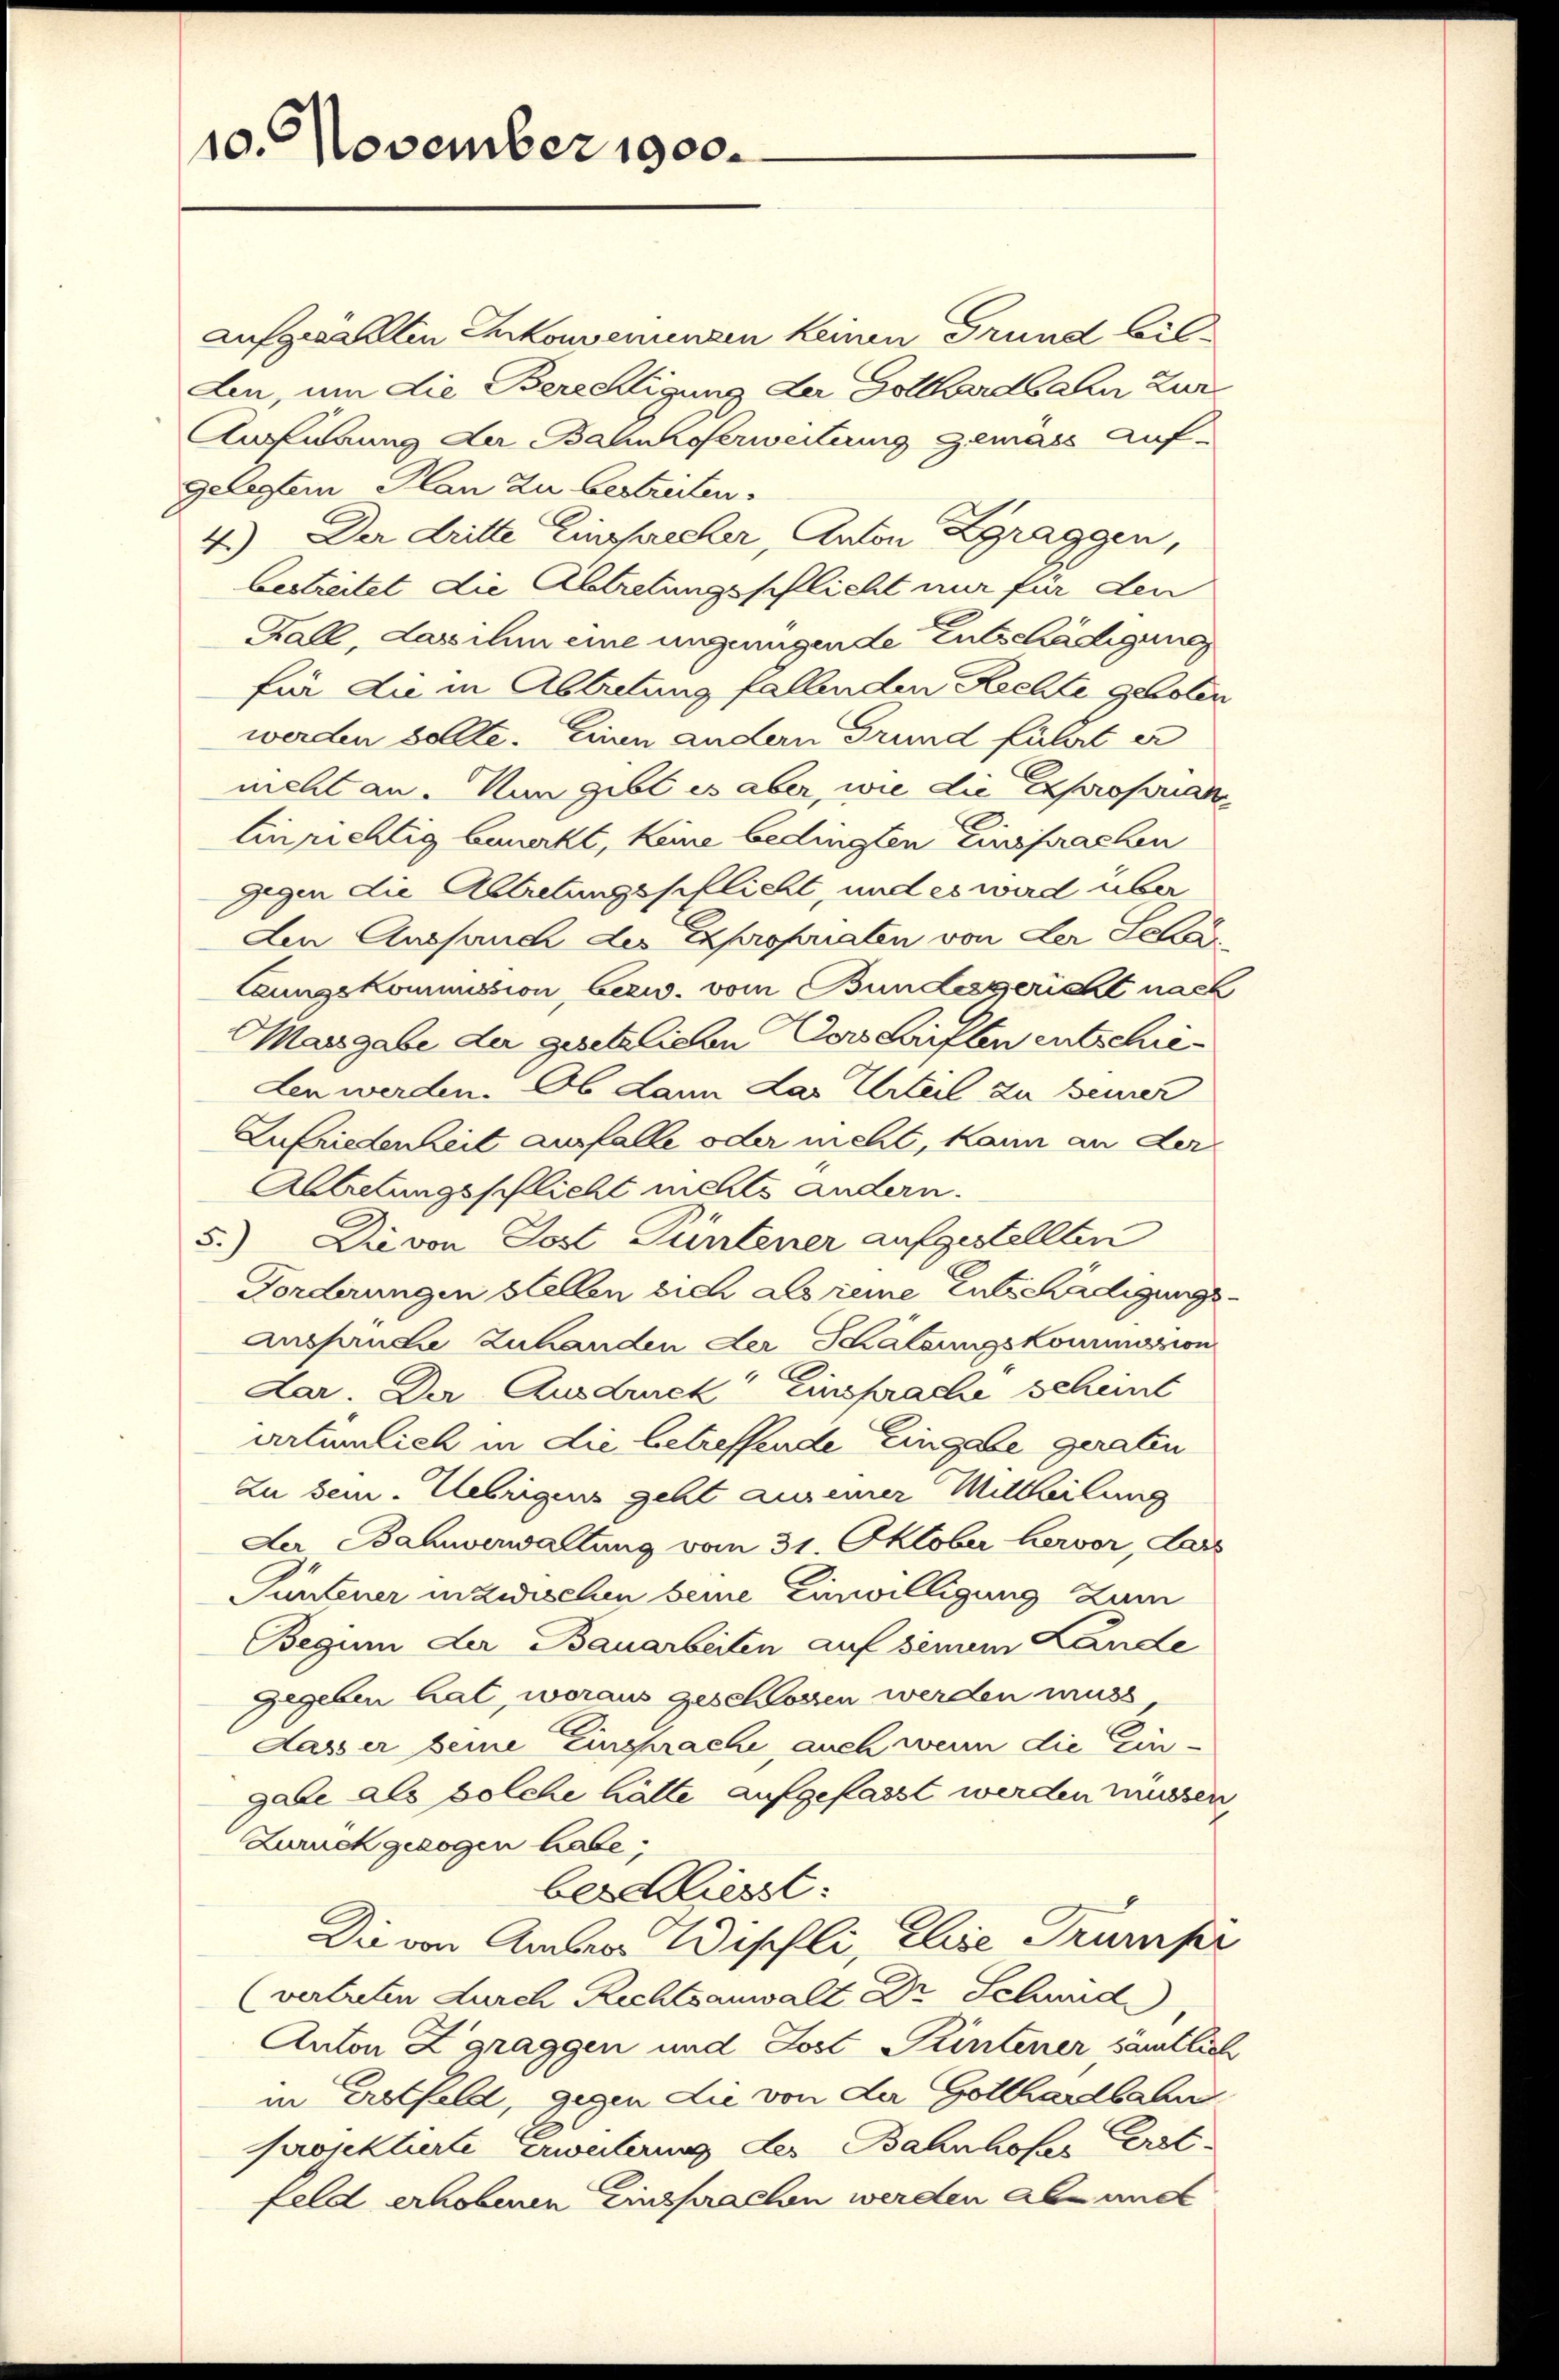
10. November 1900.

aufgezählten Inkonvenunzen keinen Grund bil¬
Len, um die Berechtigung der Gotthardbahn Zur
Aufürung der Bahnhoferweiteng gemäss Auf-
gelegten Plan zu bestreiten.
4.) Der dritte Einsameler, Anton Zgraggen,
bestreitet die Abtretungsschlicht nur für den
Fall, das ihm eine ungenügende Entschädigung
für die in Abtretung fallenden Rechte geboten
werden sollte. Einen andern Grund führt er
nicht an. Nun gibt es aber, wie die Expropriat
Einrichtig bemerkt, keine bedingten Einsprachen
gegen die Abtretungspflicht, und es wird über
den Aussauch der Expropriaten von der Scha
Ceungskommission, bezw. vom Bundesgericht nach
Masgabe du gesetzlichen Verschriften entschieden werden. Ob dann das Urteil zu bemer
Zufriedenheit ausfalle oder nicht, kann an der
Abtretungsschlicht nichts andern.
5.) Die von Post Püntener aufgestellten
Forderungen stellen sich als reine Entschädigungs-
Anspruche Zuhanden der Kältungskommazion
Lar. Der Ausdruck Einsprache scheint
artümlich in die betreffende Eingabe geraten
zu bein. Uebrigens geht aus einer Mittheilung
Der Bahnverwaltung vom 31. Oktober hervor, dars
Püntener inzwischen seine Einwilligung zum
Beginn der Bauarbeiten auf seinem Lande
gegeben hat, woraus geschlossen werden muss
Lasser seine Einsprache, auch wenn die Eingabe als solche hätte aufgefasst werden müssen,
Zurückgezogen habe;
beschliesst:
Die von Amte Wipfli, Elise Trumpr
(vertreten durch Richtsanwalt Dr Schwed
Anton Zgraggen und Jost Püntener sämtlich
in Erstfeld, gegen die von der Gotthardbahn
Projektierte Erweiterung des Bahnhofes Erst
feld erhobenen Einsprachen werden aber und